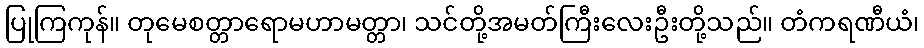
ပြုကြကုန်။ တုမေစတ္တာရောမဟာမတ္တာ၊ သင်တို့အမတ်ကြီးလေးဦးတို့သည်။ တံကရဏီယံ၊